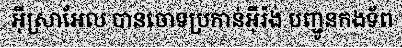
អ៊ីស្រាអែល បានចោទប្រកាន់អ៊ីរ៉ង់ បញ្ជូនកងទ័ព